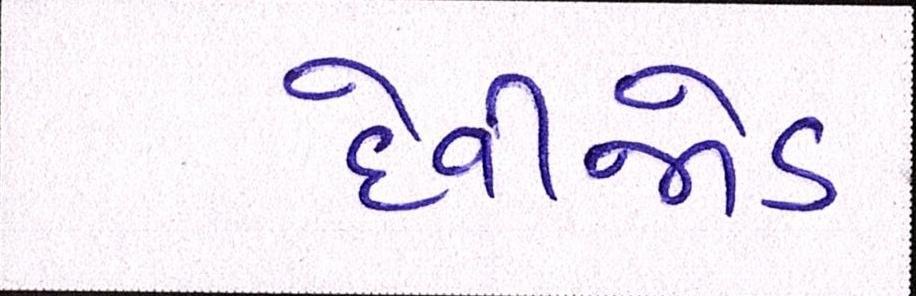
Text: દેવીજોડ